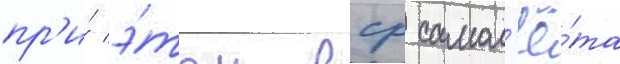
пр'и́ э́том вср самол'ё́та